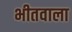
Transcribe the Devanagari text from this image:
भीतवाला